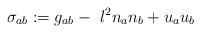
LaTeX: \begin{align*}\sigma _{ab}:=g_{ab}-~l^{2}n_{a}n_{b}+u_{a}u_{b}\end{align*}